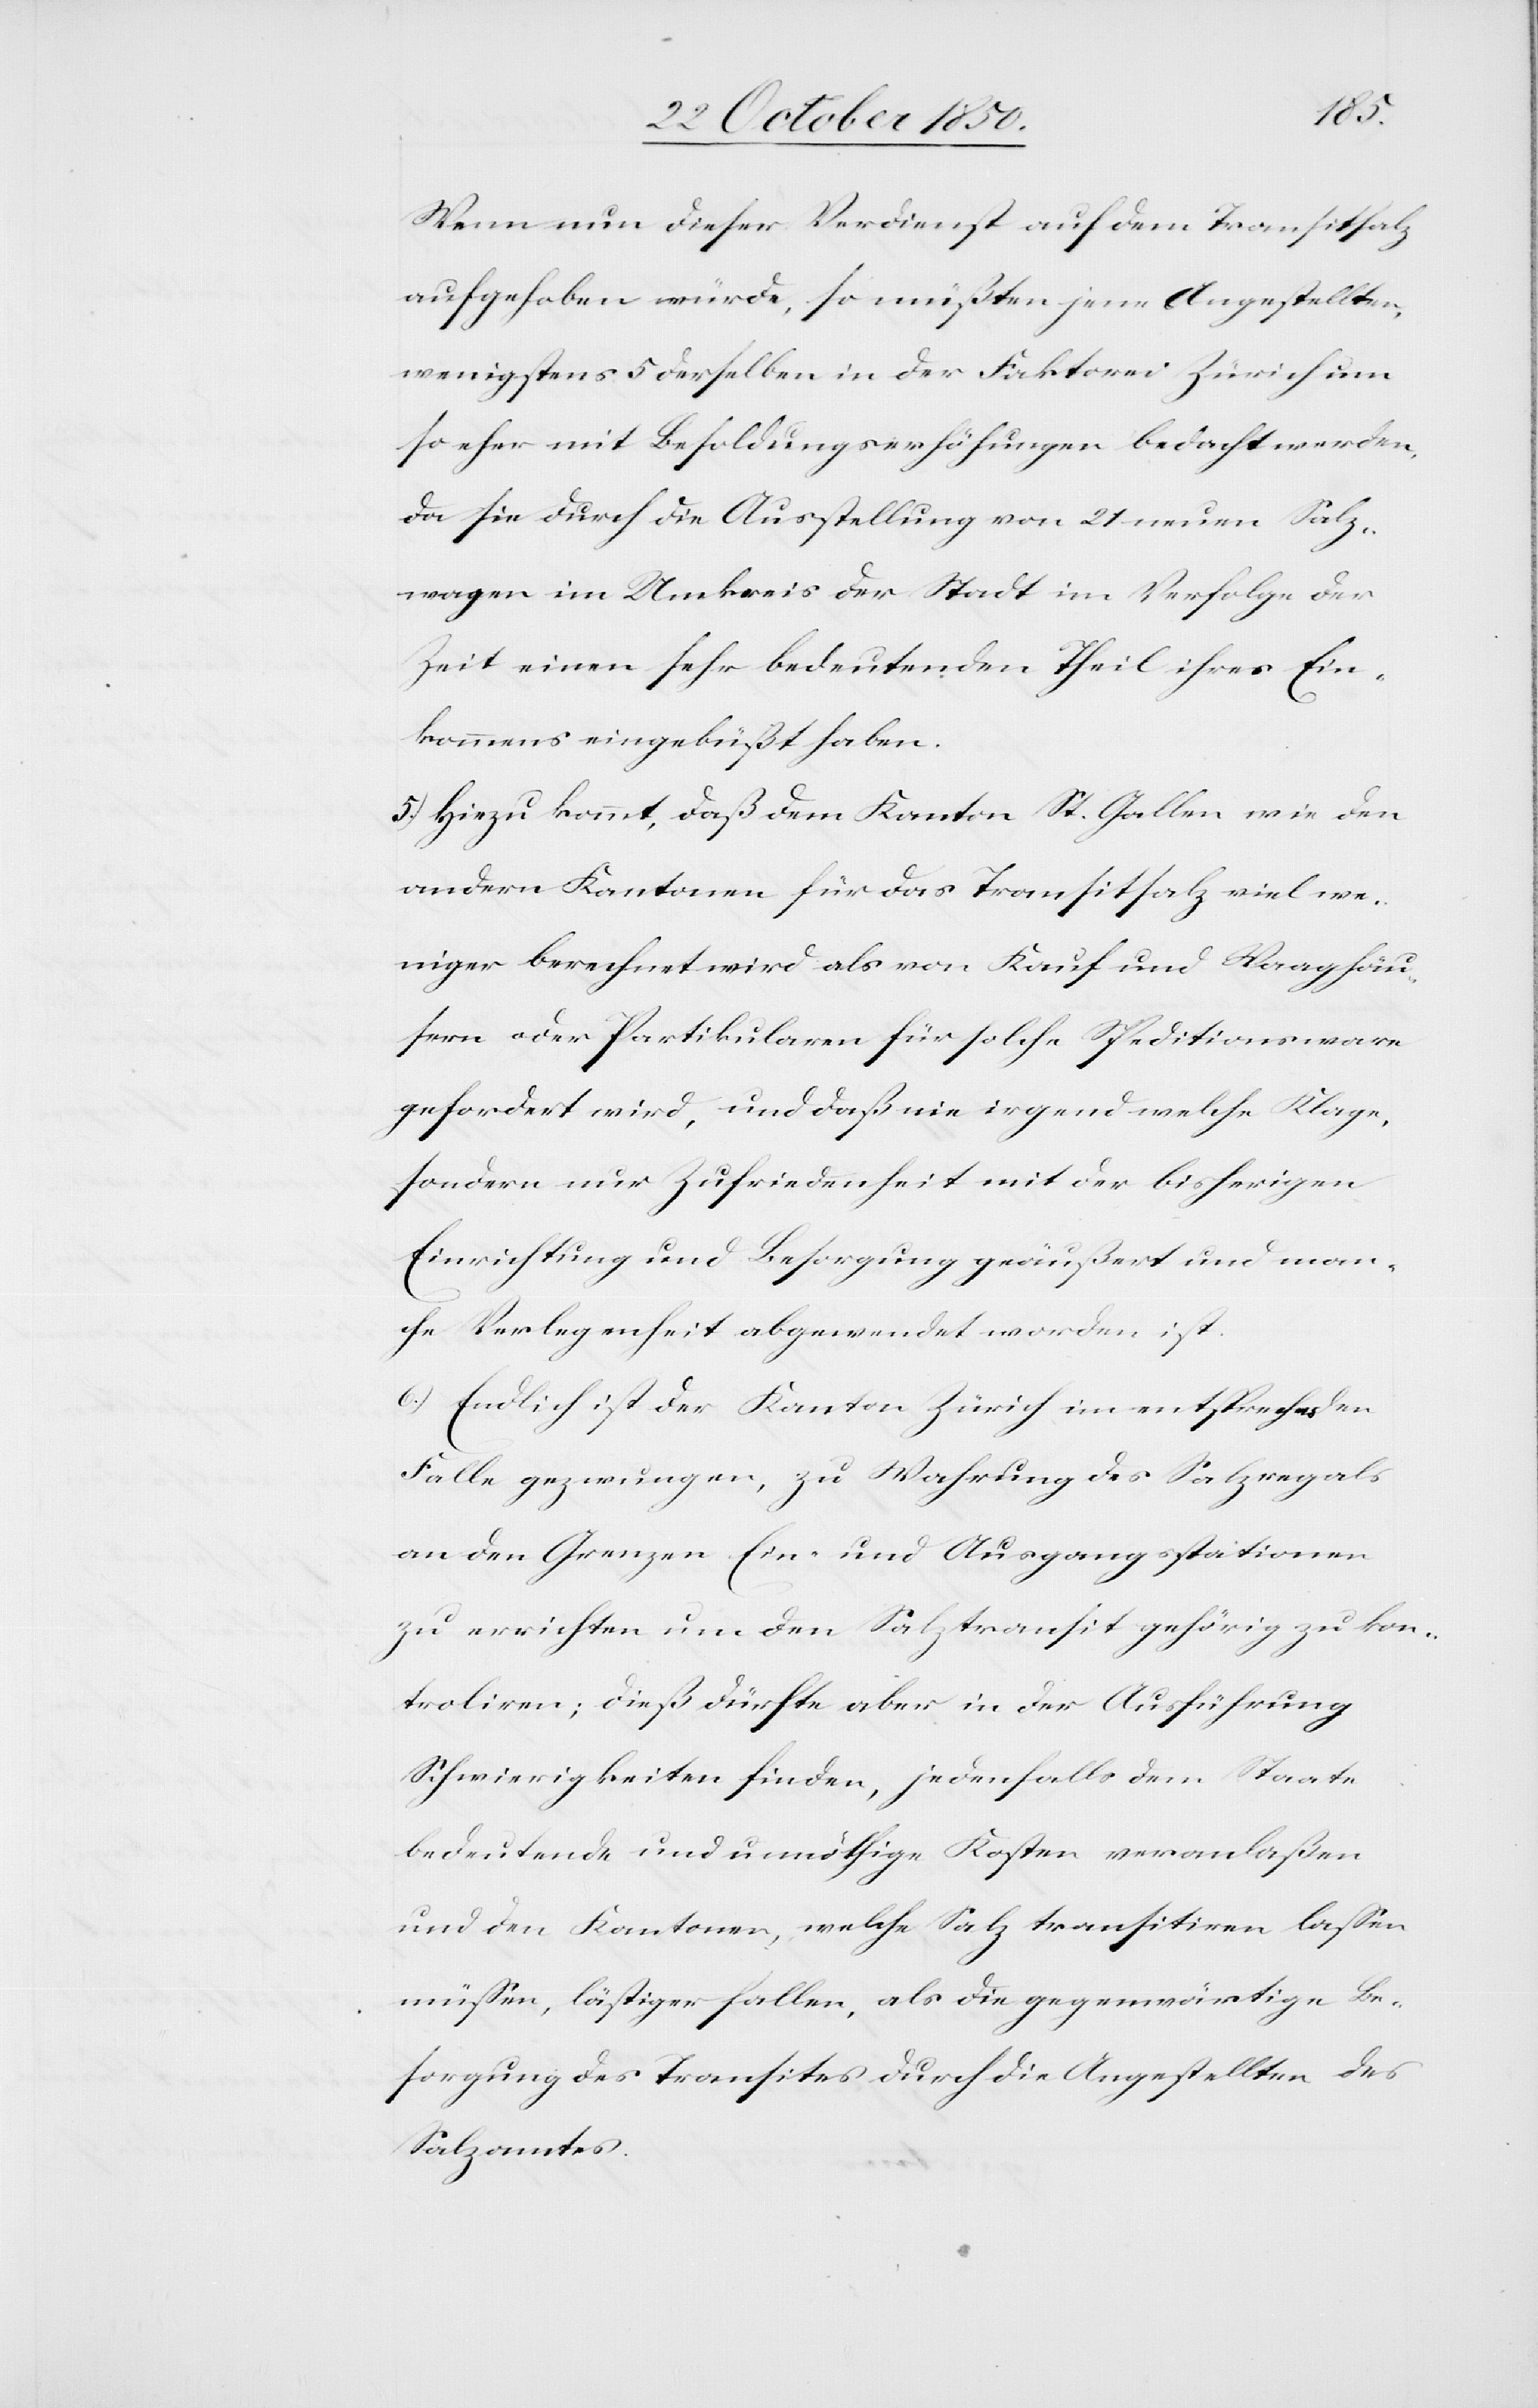
Wenn nun dieser Verdienst auf dem Transitsalz
aufgehoben würde, so müßten jene Angestellte,
wenigstens 5 derselben in der Faktorei Zürich um
so eher mit Besoldungserhöhungen bedacht werden,
da sie durch die Ausstellung von 21 neuen Salz¬
wagen im Umkreis der Stadt im Verfolge der
Zeit einen sehr bedeutenden Theil ihres Ein¬
kommens eingebüßt haben.
5.) Hiezu kommt, daß dem Kanton St. Gallen wie den
andern Kantonen für das Transitsalz viel we¬
niger berechnet wird als von Kauf und Waaghäu¬
sern oder Partikularen für solche Speditionsware
gefordert wird, und daß nie irgend welche Klage,
sondern nur Zufriedenheit mit der bisherigen
Einrichtung und Besorgung geäußert und man¬
che Verlegenheit abgewendet worden ist.
6.) Endlich ist der Kanton Zürich im entsprechenden
Falle gezwungen, zu Wahrung des Salzregals
an den Grenzen Ein- und Ausgangsstationen
zu errichten um den Salztransit gehörig zu kon¬
troliren; dieß dürfte aber in der Ausführung
Schwierigkeiten finden, jedenfalls dem Staate
bedeutende und unnöthige Kosten veranlaßen
und den Kantonen, welche Salz transitiren lassen
müssen, lästiger fallen, als die gegenwärtige Be¬
sorgung des Transites durch die Angestellten des
Salzamtes.